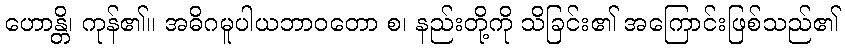
ဟောန္တိ၊ ကုန်၏။ အဓိဂမူပါယဘာဝတော စ၊ နည်းတို့ကို သိခြင်း၏ အကြောင်းဖြစ်သည်၏